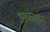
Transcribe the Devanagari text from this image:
अश्कलोन